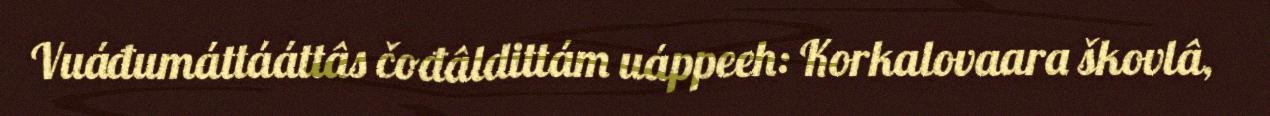
Vuáđumáttááttâs čođâldittám uáppeeh: Korkalovaara škovlâ,